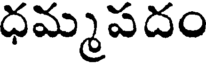
ధమ్మపదం